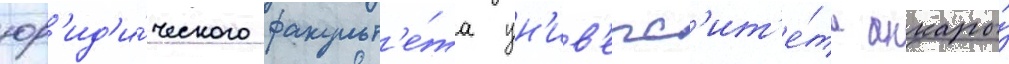
юр'ид'и́ческого факульт'е́та ун'ив'ерс'ит'е́та анкары́